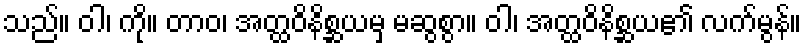
သည်။ ဝါ၊ ကို။ တာဝ၊ အတ္ထဝိနိစ္ဆယမှ မဆွစွာ။ ဝါ၊ အတ္ထဝိနိစ္ဆယ၏ လက်မွန်။